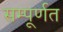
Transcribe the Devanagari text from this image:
सम्पूर्णत